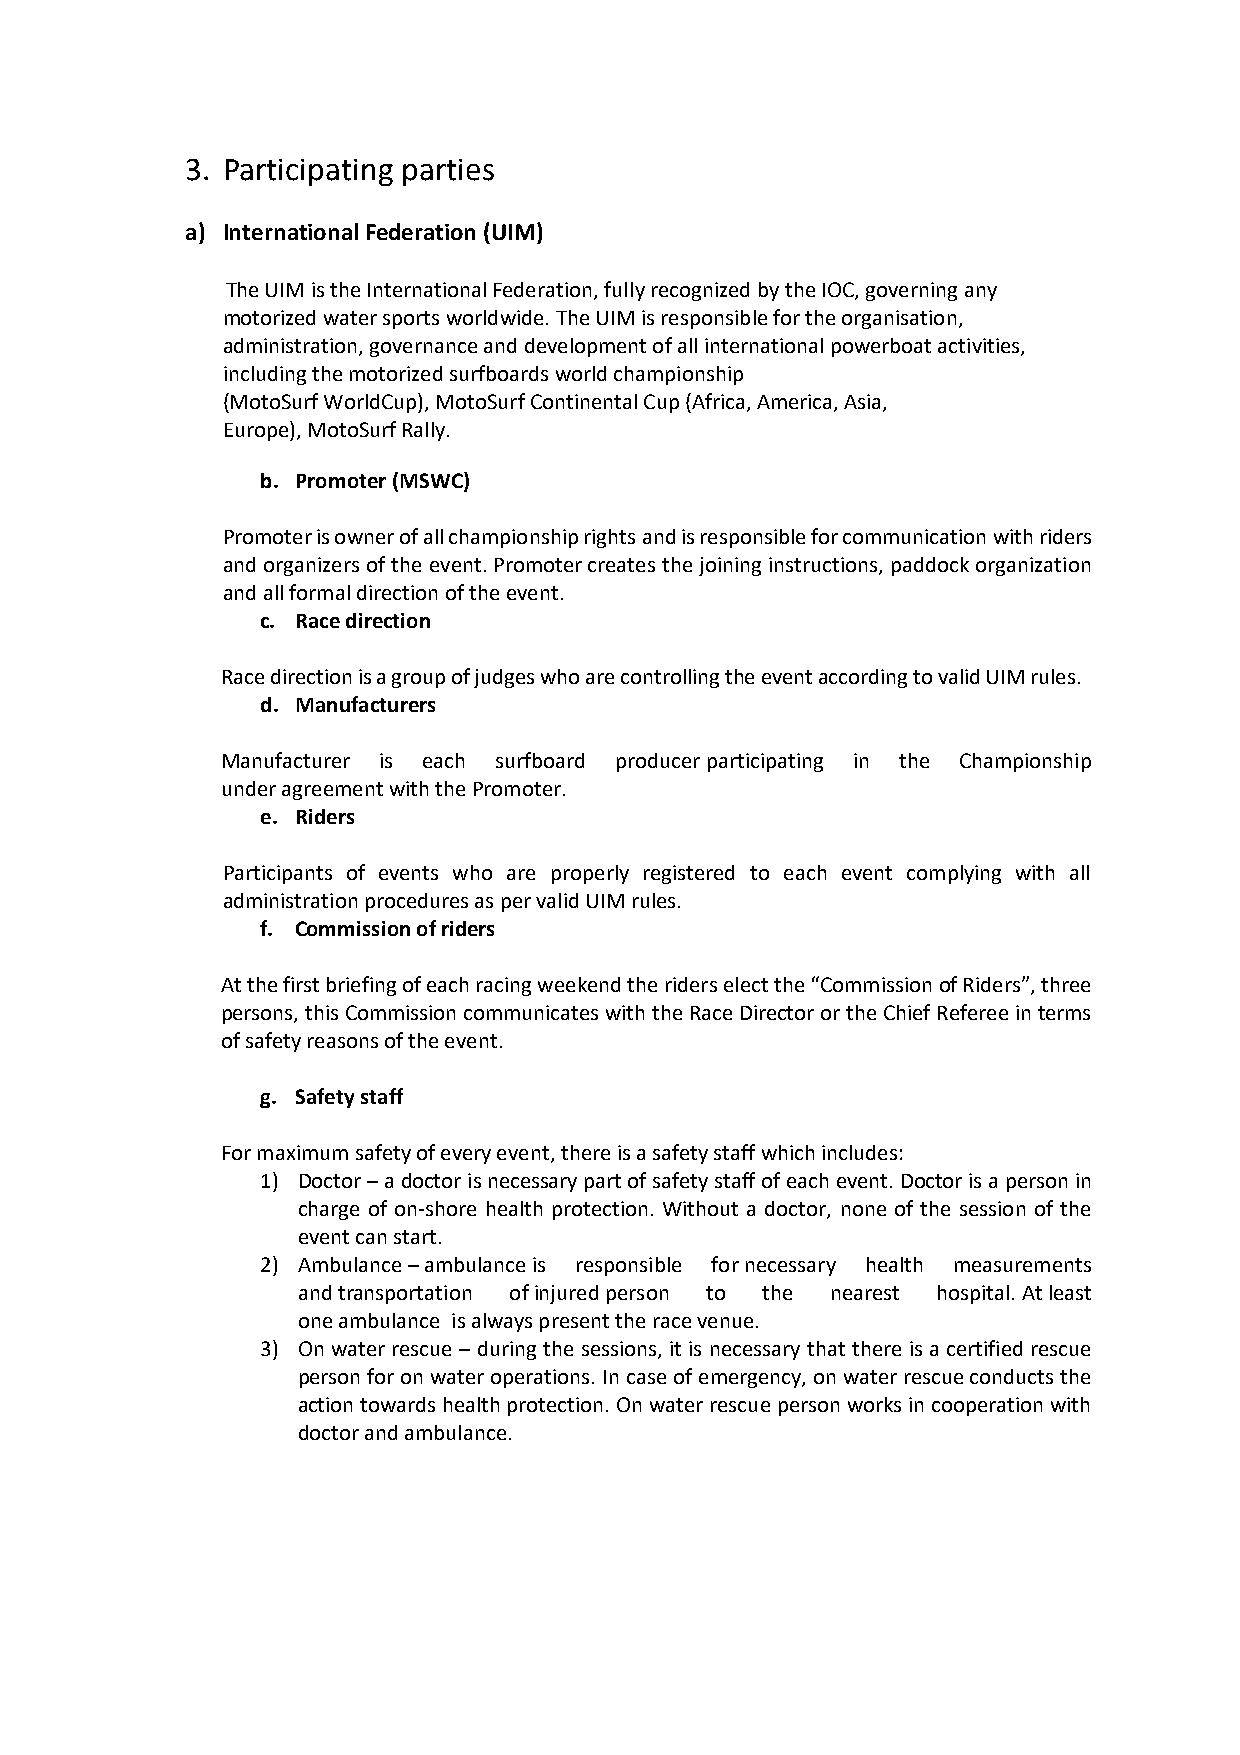
3. Participating parties
 a) International Federation (UIM)
 The UIM is the International Federation, fully recognized by the IOC, governing any
 motorized water sports worldwide. The UIM is responsible for the organisation,
 administration, governance and development of all international powerboat activities,
 including the motorized surfboards world championship
 (MotoSurf WorldCup), MotoSurf Continental Cup (Africa, America, Asia,
 Europe), MotoSurf Rally.
 b. Promoter (MSWC)
 Promoter is owner of all championship rights and is responsible for communication with riders
 and organizers of the event. Promoter creates the joining instructions, paddock organization
 and all formal direction of the event.
 c. Race direction
 Race direction is a group of judges who are controlling the event according to valid UIM rules.
 d. Manufacturers
 Manufacturer is each surfboard producer participating in the Championship
 under agreement with the Promoter.
 e. Riders
 Participants of events who are properly registered to each event complying with all
 administration procedures as per valid UIM rules.
 f. Commission of riders
 At the first briefing of each racing weekend the riders elect the “Commission of Riders”, three
 persons, this Commission communicates with the Race Director or the Chief Referee in terms
 of safety reasons of the event.
 g. Safety staff
 For maximum safety of every event, there is a safety staff which includes:
 1) Doctor – a doctor is necessary part of safety staff of each event. Doctor is a person in
 charge of on-shore health protection. Without a doctor, none of the session of the
 event can start.
 2) Ambulance – ambulance is responsible for necessary health measurements
 and transportation of injured person to the nearest hospital. At least
 one ambulance is always present the race venue.
 3) On water rescue – during the sessions, it is necessary that there is a certified rescue
 person for on water operations. In case of emergency, on water rescue conducts the
 action towards health protection. On water rescue person works in cooperation with
 doctor and ambulance.